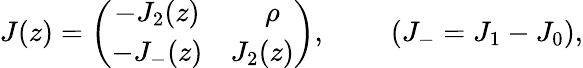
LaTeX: J(z)=\left(\begin{array}{cr}{{-J_{2}(z)}}&{{\rho~~}}\\ {{-J_{-}(z)}}&{{J_{2}(z)}}\end{array}\right),~~~~~~~~~(J_{-}=J_{1}-J_{0}),